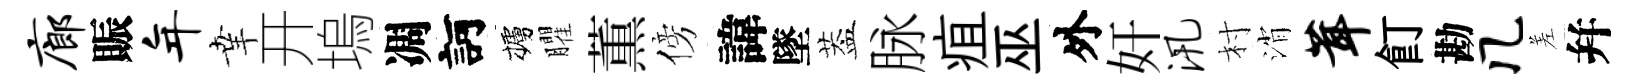
廊賑年𦍒开塢凋訶櫨臞薫傍諱墜葢脉疽巫外奸汛村消茸飣勘几差幷